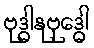
ဗုဒ္ဓါနုဗုဒ္ဓေါ